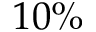
1 0 \%